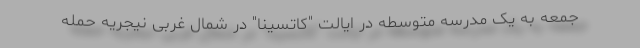
جمعه به یک مدرسه متوسطه در ایالت "کاتسینا" در شمال غربی نیجریه حمله